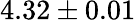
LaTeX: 4.32\pm 0.01